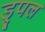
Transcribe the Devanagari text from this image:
ड्रुपल